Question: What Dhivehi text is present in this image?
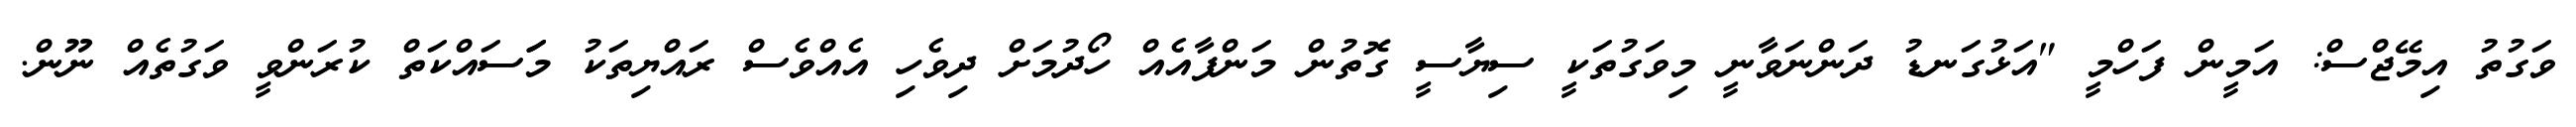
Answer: ވަގުތު އިމޭޖްސް: އަމީން ފަހްމީ "އަޅުގަނޑު ދަންނަވާނީ މިވަގުތަކީ ސިޔާސީ ގޮތުން މަންފާއެއް ހޯދުމަށް ދިވެހި އެއްވެސް ރައްޔިތަކު މަަސައްކަތް ކުރަންވީ ވަގުތެއް ނޫން.